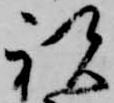
祝